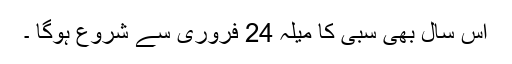
اس سال بھی سبی کا میلہ 24 فروری سے شروع ہوگا ۔